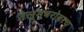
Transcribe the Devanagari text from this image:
तेलुगूबरोबरच